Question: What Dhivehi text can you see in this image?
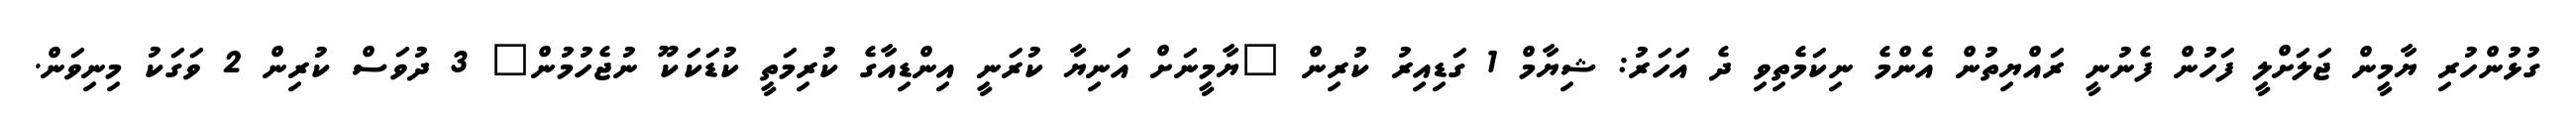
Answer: ގުޅުންހުރި ޔާމީން ޖަލަށްލީ ފަހުން ފެނުނީ ރައްޔިތުން އެންމެ ނިކަމެތިވި ދެ އަހަރު: ޝިޔާމް 1 ގަޑިއިރު ކުރިން "ޔާމީނަށް އަނިޔާ ކުރަނީ އިންޑިއާގެ ކުރިމަތީ ކުޑަކަކޫ ނުޖެހުމުން" 3 ދުވަސް ކުރިން 2 ވަގަކު މިނިވަން.